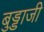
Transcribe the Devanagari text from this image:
बुड्डाजी